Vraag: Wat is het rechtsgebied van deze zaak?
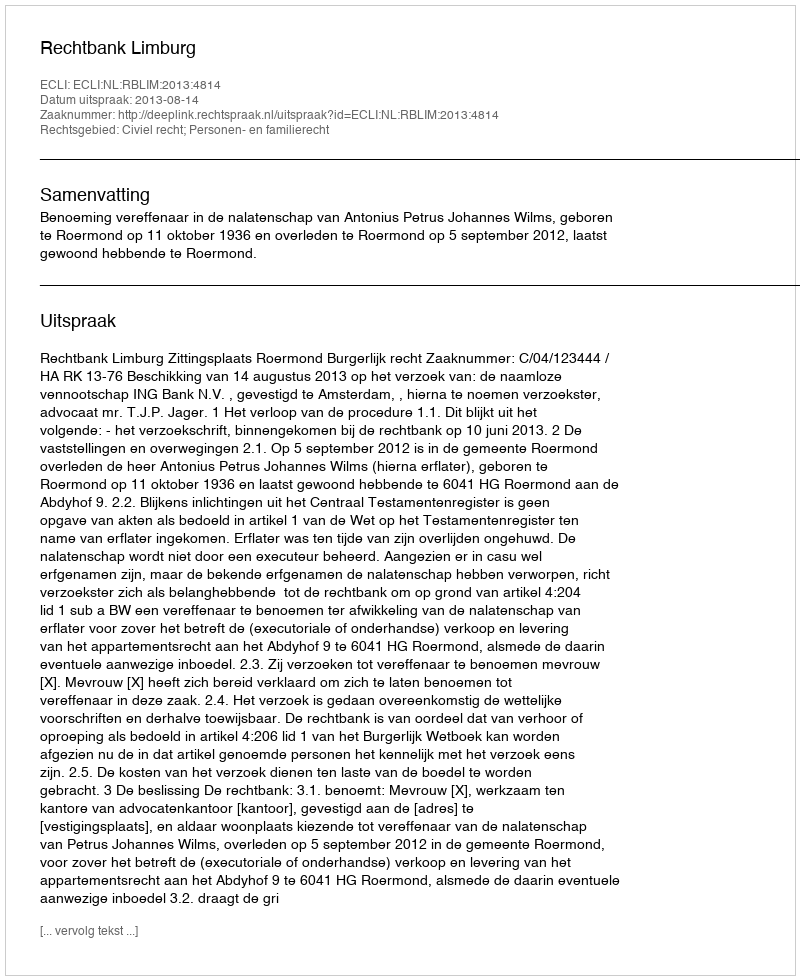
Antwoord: Civiel recht; Personen- en familierecht